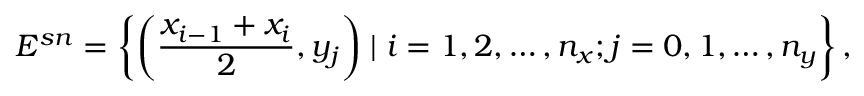
E ^ { s n } = \left\{ \left( \frac { x _ { i - 1 } + x _ { i } } { 2 } , y _ { j } \right) \mid i = 1 , 2 , \ldots , n _ { x } ; j = 0 , 1 , \ldots , n _ { y } \right\} ,